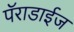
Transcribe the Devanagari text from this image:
पॅराडाईज